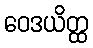
ဝေဒယိတ္ထ